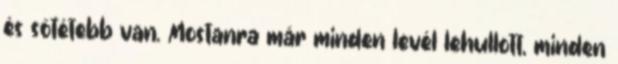
és sötétebb van. Mostanra már minden levél lehullott, minden